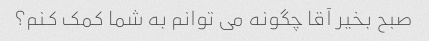
صبح بخیر آقا چگونه می توانم به شما کمک کنم؟